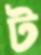
ট